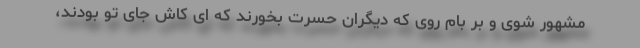
مشهور شوی و بر بام روی که دیگران حسرت بخورند که ای کاش جای تو بودند،